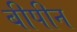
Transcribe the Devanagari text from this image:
बीपीन